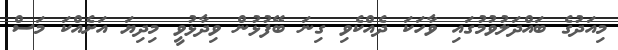
މިއަދުގެ ބައްދަލުވުމުގައި ވާހަކަ ދެއްކެވި ގިނަ ބޭފުޅުން ވިދާޅުވީ މިދިޔަ އަށެއްކަ މަސް